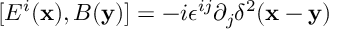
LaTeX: [ E ^ { i } ( { \bf x } ) , B ( { \bf y } ) ] = - i \epsilon ^ { i j } \partial _ { j } \delta ^ { 2 } ( { \bf x } - { \bf y } )